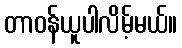
တာဝန်ယူပါလိမ့်မယ်။